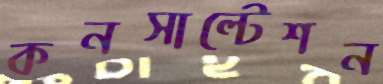
কনসাল্টেশন